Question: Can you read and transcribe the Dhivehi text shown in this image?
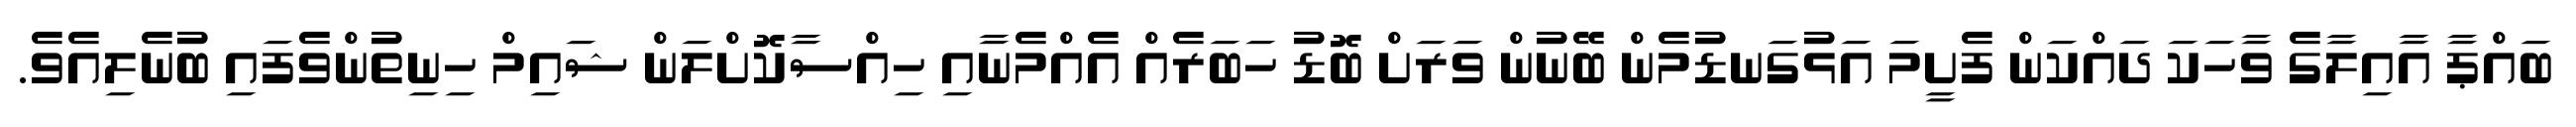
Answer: ބައްޕާ އާއިލާގެ ވާހަކަ ދައްކަން ފެށީމަ އަޅުގަނޑުމެން ބޭނުން ވަރަށް ބޮޑު ހަބަރެއް އެއްމެނާއި ހިއްސާކޮށްލަން ޝައިމް ހިނިތުންވެފައި ބުނެލިއެވެ.